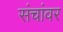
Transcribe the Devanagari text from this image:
संचांवर